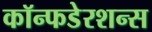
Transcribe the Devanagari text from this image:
कॉन्फडेरशन्स